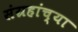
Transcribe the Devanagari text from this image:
संग्रहांच्या